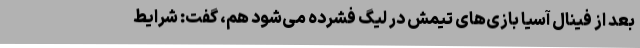
بعد از فینال آسیا بازی‌های تیمش در لیگ فشرده می‌شود هم، گفت:‌ شرایط